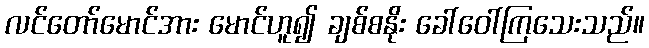
လင်တော်မောင်အား မောင်ဟူ၍ ချစ်စနိုး ခေါ်ဝေါ်ကြသေးသည်။